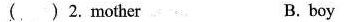
( )2. Mother B. boy